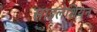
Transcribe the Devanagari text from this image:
साइलेशियन